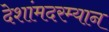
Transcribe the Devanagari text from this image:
देशांमदरम्यान